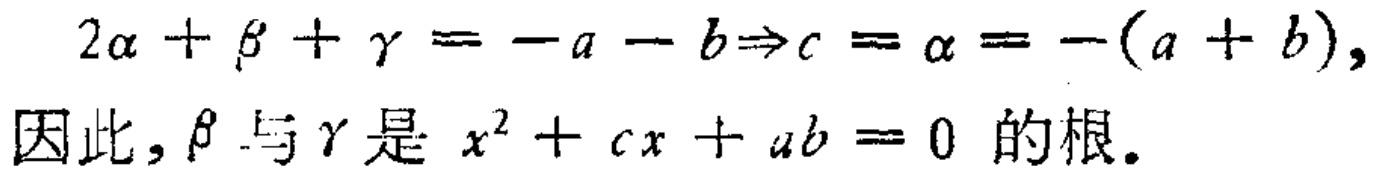
\[
2\alpha+\beta+\gamma=-a - b\Rightarrow c = \alpha=-(a + b),
\]
因此，\(\beta\)与\(\gamma\)是 \(x^{2}+cx + ab = 0\) 的根。